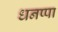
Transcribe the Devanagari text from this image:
धनप्पा